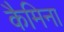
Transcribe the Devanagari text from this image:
कैमिना